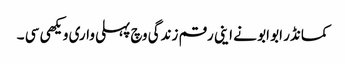
کمانڈر ابو ابو نے اینی رقم زندگی وچ پہلی واری ویکھی سی ۔